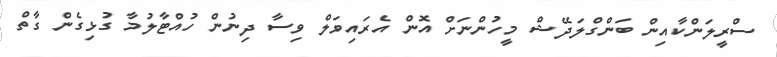
ސްރީލަންކާއިން ބަންގްލަދޭޝް މީހުންނަށް އޮން އެރައިވަލް ވިސާ ދިނުން ހުއްޓާލުމާ ގުޅިގެން ގާތް